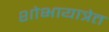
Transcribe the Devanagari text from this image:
शोभायात्रेत